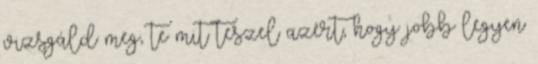
vizsgáld meg, te mit teszel azért, hogy jobb legyen